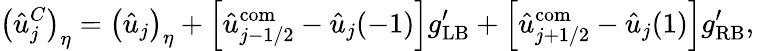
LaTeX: \left(\hat{u}_{j}^{C}\right)_{\eta}=\left(\hat{u}_{j}\right)_{\eta}+\left[\hat{u}_{j-1/2}^{\mathrm{com}}-\hat{u}_{j}(-1)\right]g_{\mathrm{LB}}^{\prime}+\left[\hat{u}_{j+1/2}^{\mathrm{com}}-\hat{u}_{j}(1)\right]g_{\mathrm{RB}}^{\prime},\